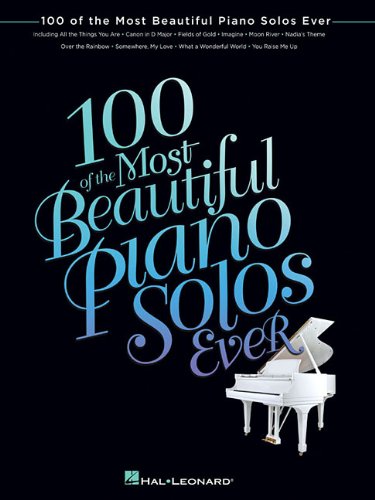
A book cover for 100 of the Most Beautiful Piano Solos Ever (Piano Solo Songbook); Humor & Entertainment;